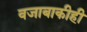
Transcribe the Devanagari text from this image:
वजाबाकीही